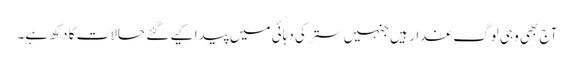
آج بھی وہی لوگ غدار ہیں جنہیں ستر کی دہائی میں پیدا کیے گئے حالات کا دکھ ہے۔